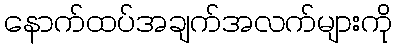
နောက်ထပ်အချက်အလက်များကို